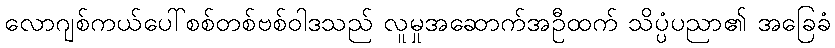
လောဂျစ်ကယ်ပေါ်စစ်တစ်ဗစ်ဝါဒသည် လူမှုအဆောက်အဦထက် သိပ္ပံပညာ၏ အခြေခံ